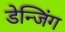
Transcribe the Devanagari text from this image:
डेन्जिंग